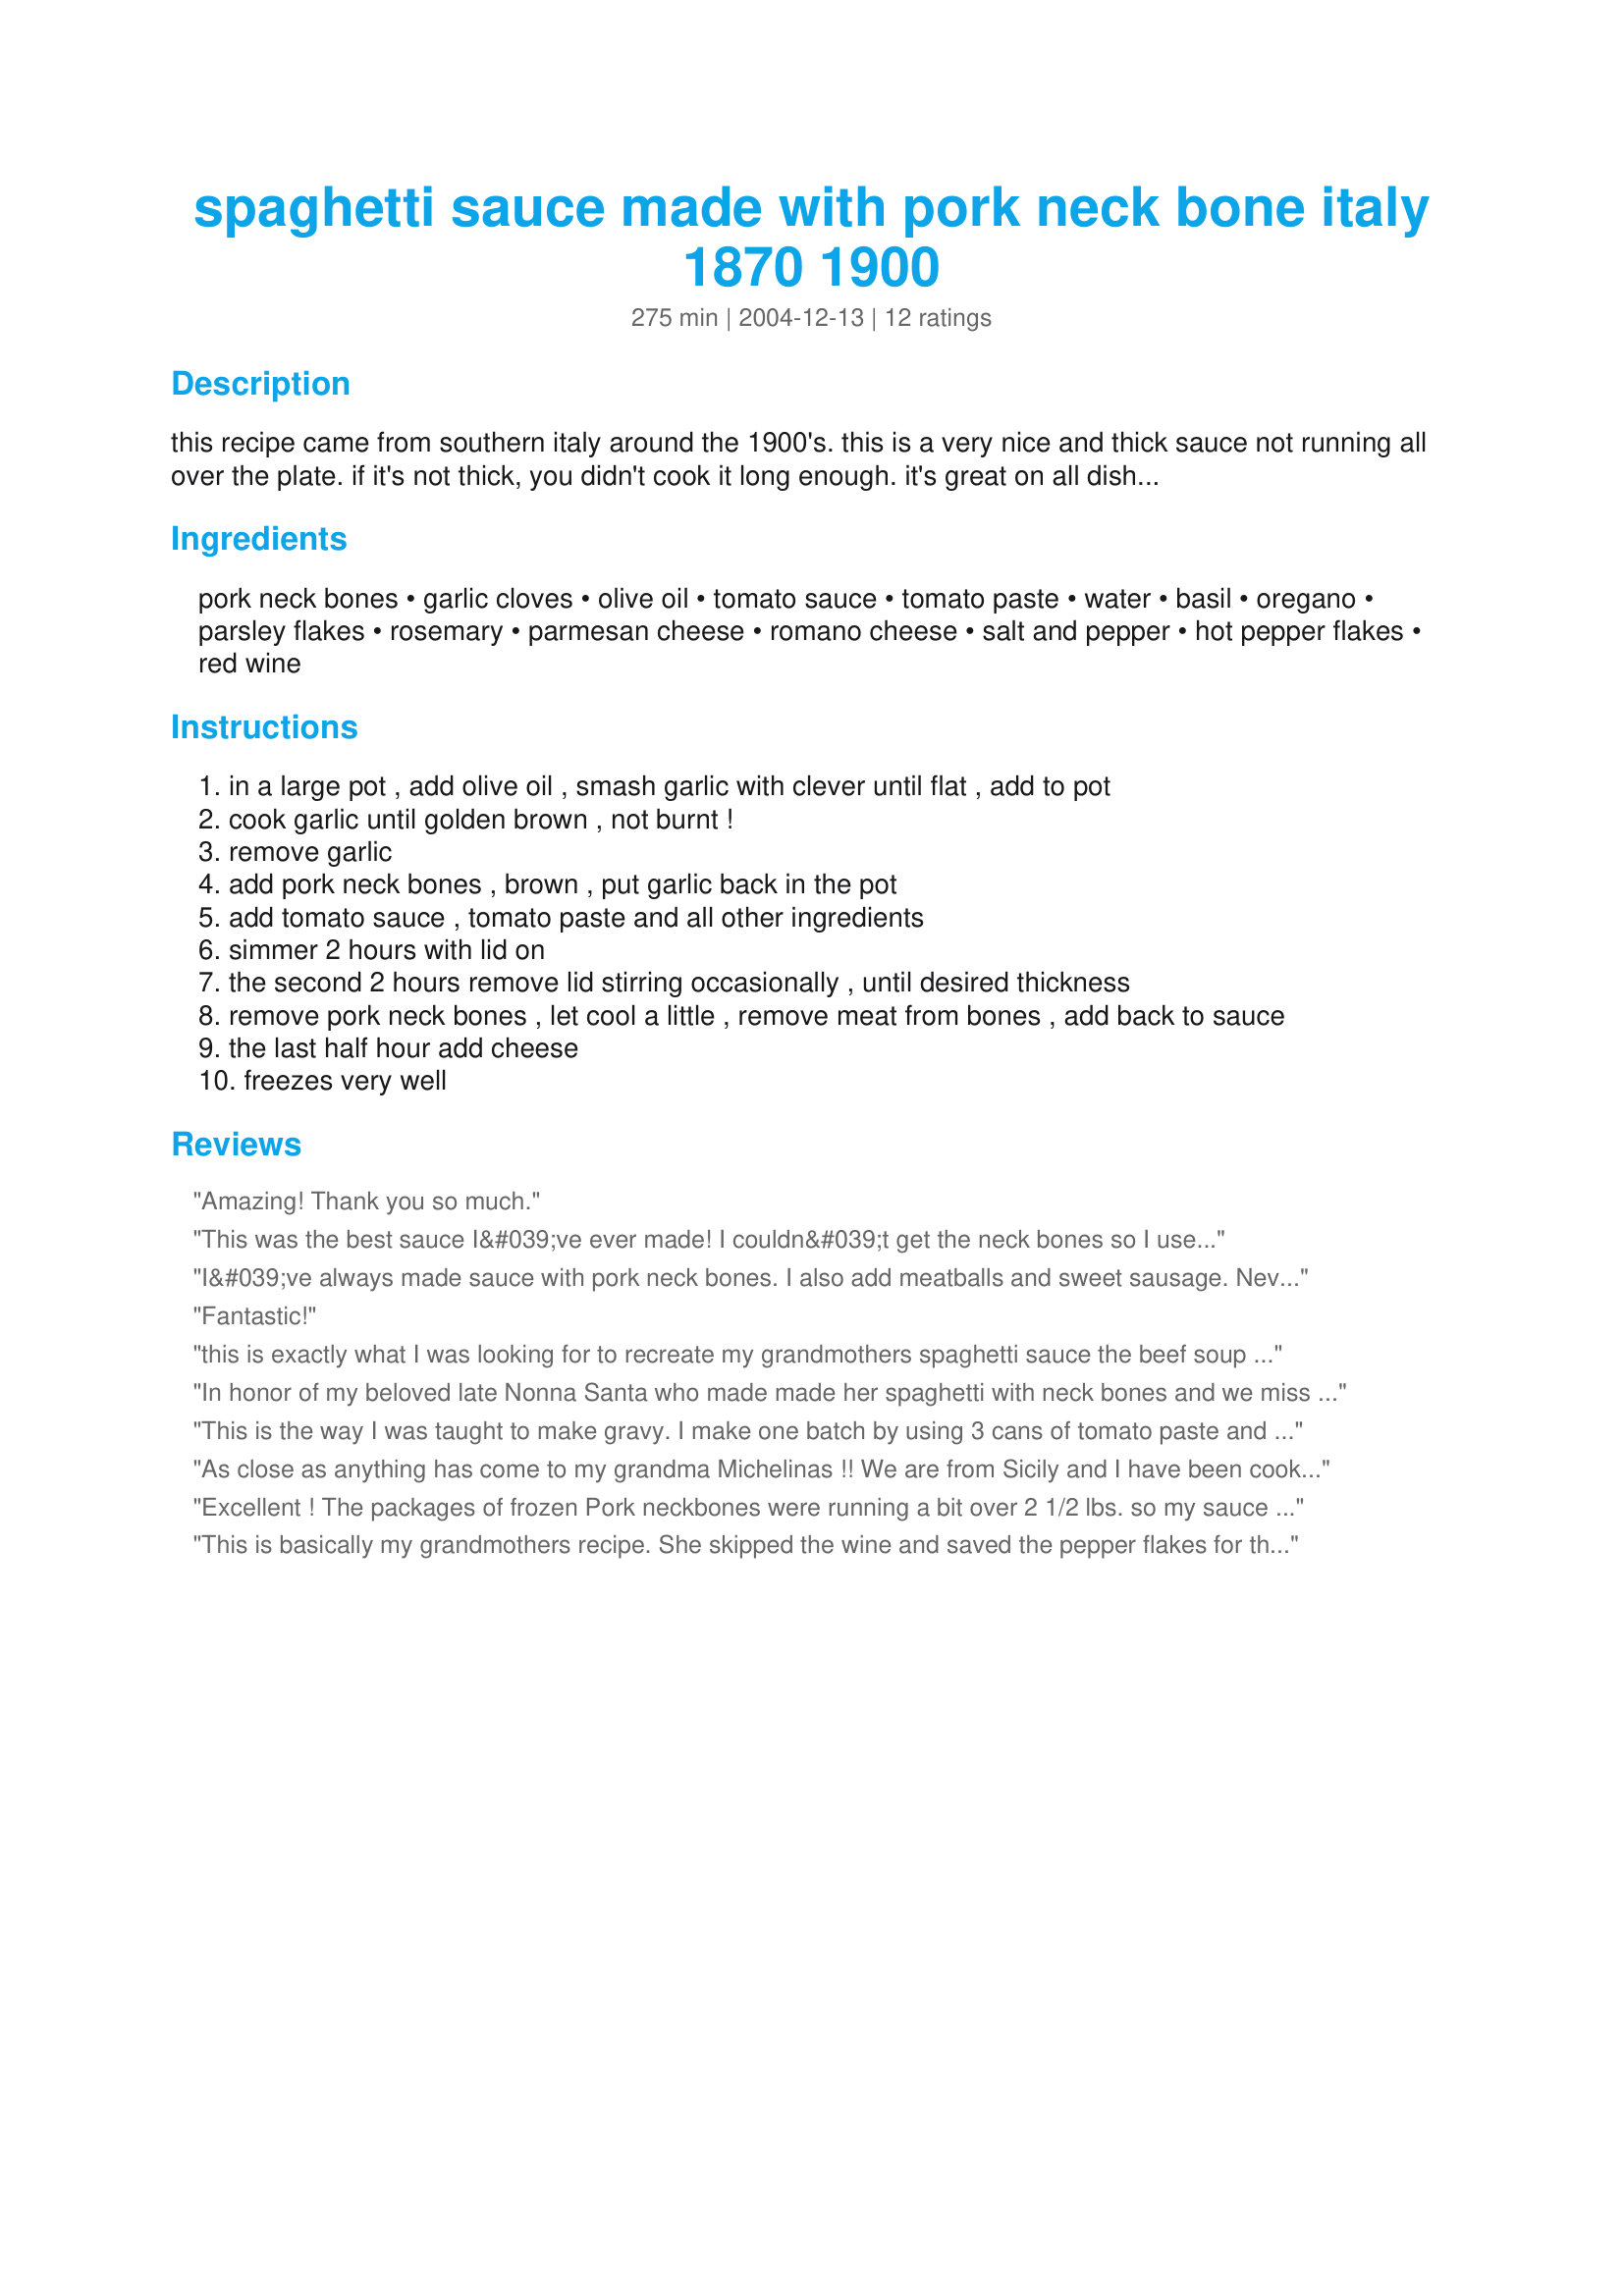
spaghetti sauce made with pork neck bone italy 1870 1900
Preparation time: 275 minutes

this recipe came from southern italy around the 1900's. this is a very nice and thick sauce not running all over the plate. if it's not thick, you didn't cook it long enough. it's great on all dishes that uses spaghetti sauce.i always make at least 1/1/2 gallons of this sauce at a time.it freezes very well in containers. i use containers like the size of the large country crock butter bowl, enough for 4-8 servings at a time and use it when you feel the urge for this sauce. i always try to use it up in 6 months or so, then start all over making another batch.

Ingredients:
pork neck bones, garlic cloves, olive oil, tomato sauce, tomato paste, water, basil, oregano, parsley flakes, rosemary, parmesan cheese, romano cheese, salt and pepper, hot pepper flakes, red wine

Steps:
in a large pot , add olive oil , smash garlic with clever until flat , add to pot
cook garlic until golden brown , not burnt !
remove garlic
add pork neck bones , brown , put garlic back in the pot
add tomato sauce , tomato paste and all other ingredients
simmer 2 hours with lid on
the second 2 hours remove lid stirring occasionally , until desired thickness
remove pork neck bones , let cool a little , remove meat from bones , add back to sauce
the last half hour add cheese
freezes very well

Reviews:
Amazing! Thank you so much.
This was the best sauce I&#039;ve ever made! I couldn&#039;t get the neck bones so I used country style ribs. I did add about 1T of sugar to the sauce and some sauteed diced onions. I certainly will make this again.
I&#039;ve always made sauce with pork neck bones. I also add meatballs and sweet sausage. Never used pepper flakes, but use bay leaf, oregano and basil. I make a VERY large pot (2 lg cans pur&eacute;e, 2 lg crushed tomatoes.). Of course, you must have enough Italian bread to dip in the sauce when you take the bones out to pick off the meat. Be careful to get all the little bones out, they hide in there!
Fantastic!
this is exactly what I was looking for to recreate my grandmothers spaghetti sauce the beef soup bones are available at Whole foods and very reasonable pricewise this addition gives the sauce layers of flavor and instantly filled room with delicious aroma..I started with one whole onion diced and the bones added celery and one carrot I also used canned whole peeled tomatoes -Italian of course then after 4 hours blended sauce then added cheese. my grandmother would be proud
In honor of my beloved late Nonna Santa who made made her spaghetti with neck bones and we miss her and her sauce and so glad I found this recipe. Instead of tomato sauce I used crushed tomatoes Delicious and brought back such great memories
This is the way I was taught to make gravy. I make one batch by using 3 cans of tomato paste and 3 cans of water or broth for each can of the tomato paste. I live in Fl. and the only place I can find pork neck bones is Walmart. Thank you for posting
As close as anything has come to my grandma Michelinas !! We are from Sicily and I have been cooking sinceI could see the top of grandmoms stove.I'm 65 now and never EVER tried anyone elses sauce..till now. Great job chef. crying while cooking,thinking of good times long past...
Excellent ! The packages of frozen Pork neckbones were running a bit over 2 1/2 lbs. so my sauce is probably meater than called for. I don't mind. I used homemade tomato sauce. (my recipe #76752) Other than these 2 things I went "by the book". It was fun to prepare. I enjoyed loafing at the table sipping Chianti and picking the bones, one has to go slowly and carefully to avoid getting bone fragments in with the meat. It's at least a 2 glass job. (That's my story and I'm sticking to it.) I served it over Angelhair pasta with a Tomato - fresh Mozzarella salad and Chianti. The left overs I froze in small zip lock bags, 1 cup per bag. I froze the bags spread out on a baking sheet. Tomorrow I'll collect them and store them in a gallon zip lock bag(s) to keep a semblance of order in the freezer. I will be keeping a supply of this fine sauce in the freezer at all times. Thanx for posting this great recipe. Pierre

This is basically my grandmothers recipe. She skipped the wine and saved the pepper flakes for the individual... but yes after the first bite, i feel like i'm back in her kitchen again. Too many sauces are boring marinara. This sauce derives its flavor from the bone!
Good sauce!!! this will be my go to sauce from now on. Love to have sauce in the freezer.
I was lured by the recipe because it was from 1900's Italy and the pork neck bone 'cause I had never had any of those. I am SO GLAD this recipe caught my eye. It is SOOOOO GOOD!!!!! I loved that all the ingredients were stuff normally kept on hand. It was thick and decadent and soooo perfect! I don't think I've had better in any restaurant. An added bonus was that I got to find out that I love pork neck bones...now to find other recipes I can use those in. Thanks so much for this over the top spaghetti sauce recipe!

** Note: hot pepper flakes were listed twice so I went with 1 1/2 tablespoons as first listed...it had a bit of kick...but not to spicy I couldn't eat it.
